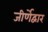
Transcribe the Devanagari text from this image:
जीर्णेद्वार